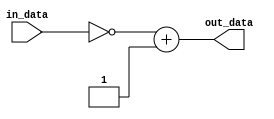
module twos_complement (
    input [7:0] in_data,
    output reg [7:0] out_data
);

always @(*)
begin
    out_data = ~in_data + 1;
end

endmodule